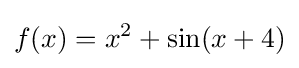
f(x)=x^{2}+\sin(x+4)